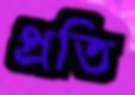
প্রতি